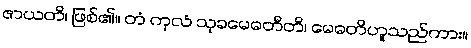
ဇာယတိ၊ ဖြစ်၏။ တံ ကုလံ သုခမေဓတီတိ၊ မေဓတိဟူသည်ကား။